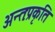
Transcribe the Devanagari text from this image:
अन्तःप्रकृति